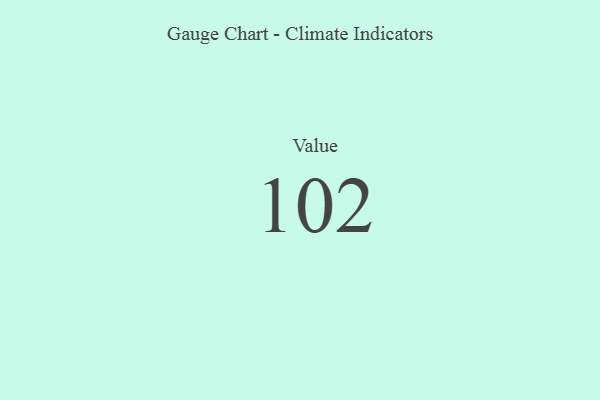
{"axis": {"x": "Metric", "y": "Value"}, "legend": [""], "data": [{"x": "Value", "y": 102, "type": ""}]}